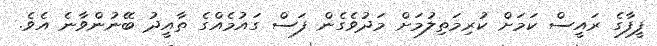
ފީފާގެ ރައީސް ކަމަށް ކުރިމަތިލުމަށް މަދުވެގެން ފަސް ގައުމެއްގެ ތާއީދު ބޭނުންވާނެ އެވެ.